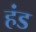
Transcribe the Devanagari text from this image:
हंड